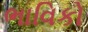
ભાવિકો